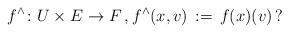
LaTeX: \begin{align*}f^\wedge\colon U\times E\to F\,,f^\wedge(x,v)\,:=\, f(x)(v)\,?\end{align*}